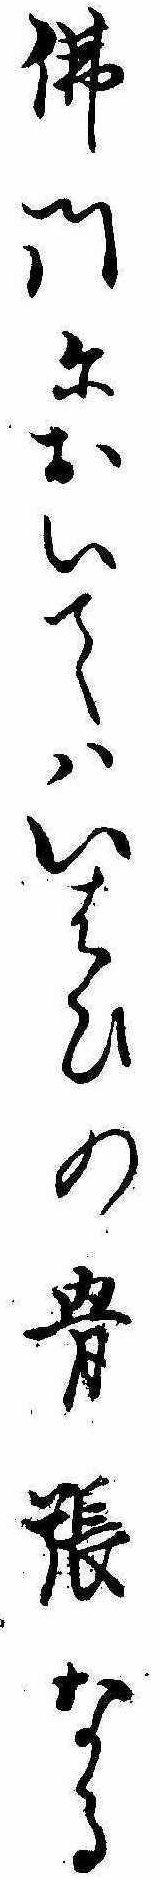
仏門においてはいはひの骨張なる